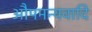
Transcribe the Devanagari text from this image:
औपमन्यवादि